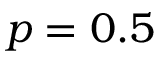
p = 0 . 5